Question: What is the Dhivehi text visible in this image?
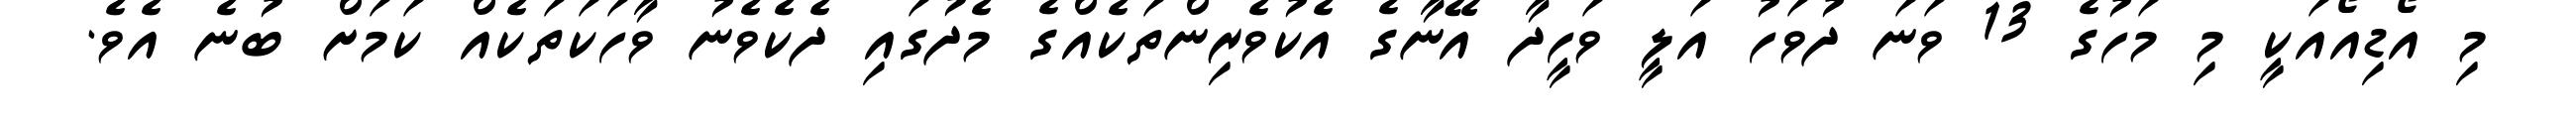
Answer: މި އޯޑިއޯއަކީ މި މަހުގެ 13 ވަނަ ދުވަހު އަލީ ވަހީދާ އޭނާގެ އެކުވެރިންތަކެއްގެ މެދުގައި ދެކެވެނު ވާހަކަތަކެއް ކަމަށް ބުނެ އެވެ.